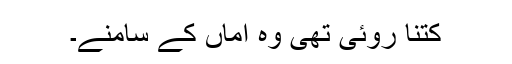
کتنا روئی تھی وہ اماں کے سامنے۔